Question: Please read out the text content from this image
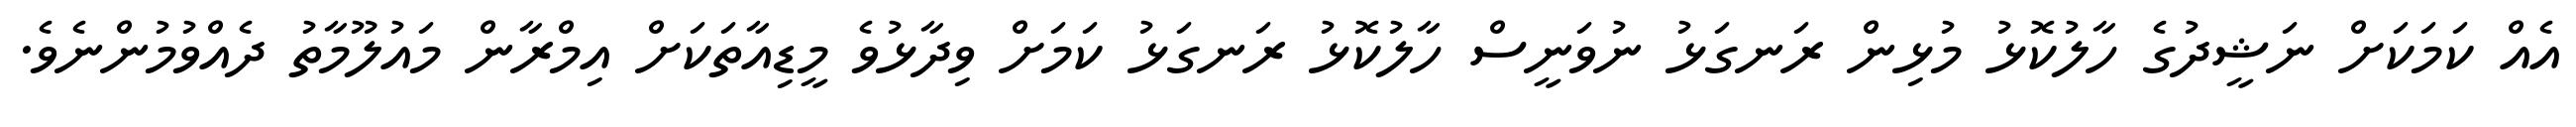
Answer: އެއް ކަމަކަށް ނަޝީދުގެ ހާލުކޮޅު މުޅިން ރަނގަޅު ނުވަނީސް ހާލުކޮޅު ރަނގަޅު ކަމަށް ވިދާޅުވެ މީޑިއާތަކަށް އިމްރާން މައުލޫމާތު ދެއްވުމުންނެވެ.